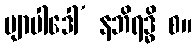
ဗျာပါဒေါ’ နဘိရဒ္ဓိ စ။